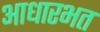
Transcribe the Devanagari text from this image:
आधारभत